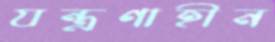
যন্ত্রণাহীন